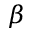
\beta